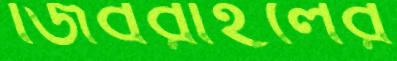
জিবরাইলের